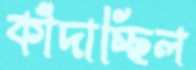
কাঁদাচ্ছিল